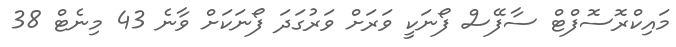
މައިކްރޮސޮފްޓް ސާފޭސް ފޯނަކީ ވަރަށް ވަރުގަދަ ފޯނަކަށް ވާނެ 43 މިނެޓް 38